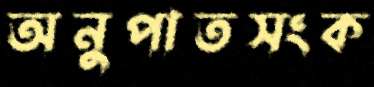
অনুপাতসংক